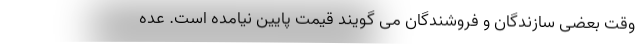
وقت بعضی سازندگان و فروشندگان می گویند قیمت پایین نیامده است. عده